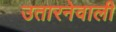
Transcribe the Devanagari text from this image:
उतारनेवाली